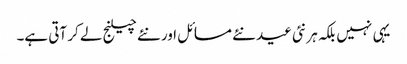
یہی نہیں بلکہ ہر نئی عید نئے مسائل اور نئے چیلنج لے کر آتی ہے۔